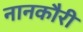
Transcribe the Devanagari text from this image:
नानकौरी